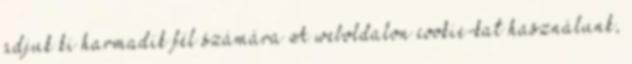
adjuk ki harmadik fél számára A weboldalon cookie-kat használunk,